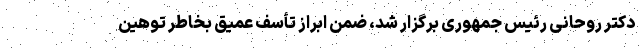
دکتر روحانی رئیس جمهوری برگزار شد، ضمن ابراز تأسف عمیق بخاطر توهین